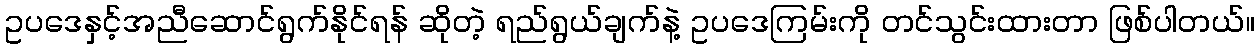
ဥပဒေနှင့်အညီဆောင်ရွက်နိုင်ရန် ဆိုတဲ့ ရည်ရွယ်ချက်နဲ့ ဥပဒေကြမ်းကို တင်သွင်းထားတာ ဖြစ်ပါတယ်။